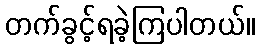
တက်ခွင့်ရခဲ့ကြပါတယ်။